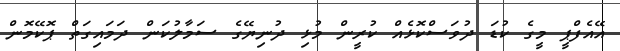
އޭއެފްޕީ މީގެ ކުޑަ ދުވަސްކޮޅެއް ކުރީން މުޅި ދުނިޔޭގެ ސަމާލުކަން ދަމައިގަތް ޕޮކޭމޮން